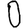
Digit: 0